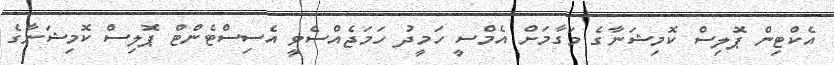
އެކްޓިން ޕޮލިސް ކޮމިޝަނާގެ މަގާމަށް އެމްސީ ހަމީދު ހަމަޖެއްސެވީ އެސިސްޓެންޓް ޕޮލިސް ކޮމިޝަނާގެ